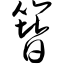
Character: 簪